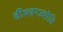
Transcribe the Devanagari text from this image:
वीश्वग्ज्योति